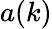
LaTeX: a(k)